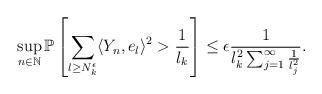
LaTeX: \begin{align*}\sup_{n\in\mathbb N}\mathbb P\left[ \sum_{l\geq N_k^{\epsilon}} \langle Y_n, e_l\rangle^2> \frac 1{l_k}\right] \leq \epsilon\frac 1{ l_k^2\sum_{j=1}^{\infty} \frac 1{l_j^2}}.\end{align*}